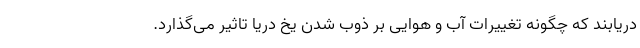
دریابند که چگونه تغییرات آب و هوایی بر ذوب شدن یخ دریا تاثیر می‌گذارد.